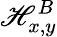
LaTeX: \mathscr{H}_{x,y}^{B}